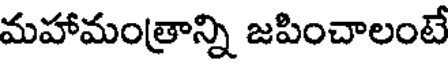
మహామంత్రాన్ని జపించాలంటే